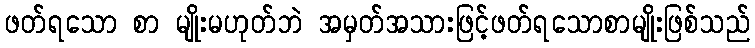
ဖတ်ရသော စာ မျိုးမဟုတ်ဘဲ အမှတ်အသားဖြင့်ဖတ်ရသောစာမျိုးဖြစ်သည်